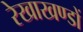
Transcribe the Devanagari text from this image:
रेखाखण्डों